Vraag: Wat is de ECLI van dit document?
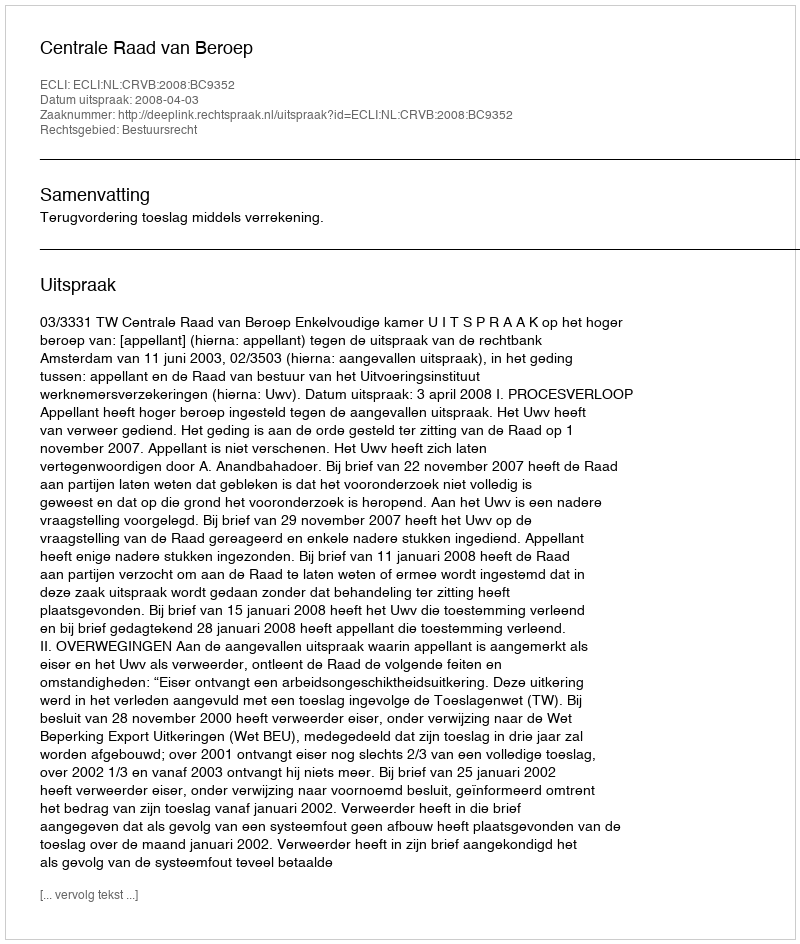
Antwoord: ECLI:NL:CRVB:2008:BC9352